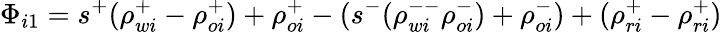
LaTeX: \Phi_{i1}=s^{+}(\rho_{wi}^{+}-\rho_{oi}^{+})+\rho_{oi}^{+}-(s^{-}(\rho_{wi}^{--}\rho_{oi}^{-})+\rho_{oi}^{-})+(\rho_{ri}^{+}-\rho_{ri}^{+})